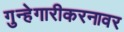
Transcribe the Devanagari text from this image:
गुन्हेगारीकरनावर